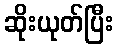
ဆိုးယုတ်ပြီး